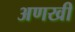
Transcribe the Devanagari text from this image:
अणखी